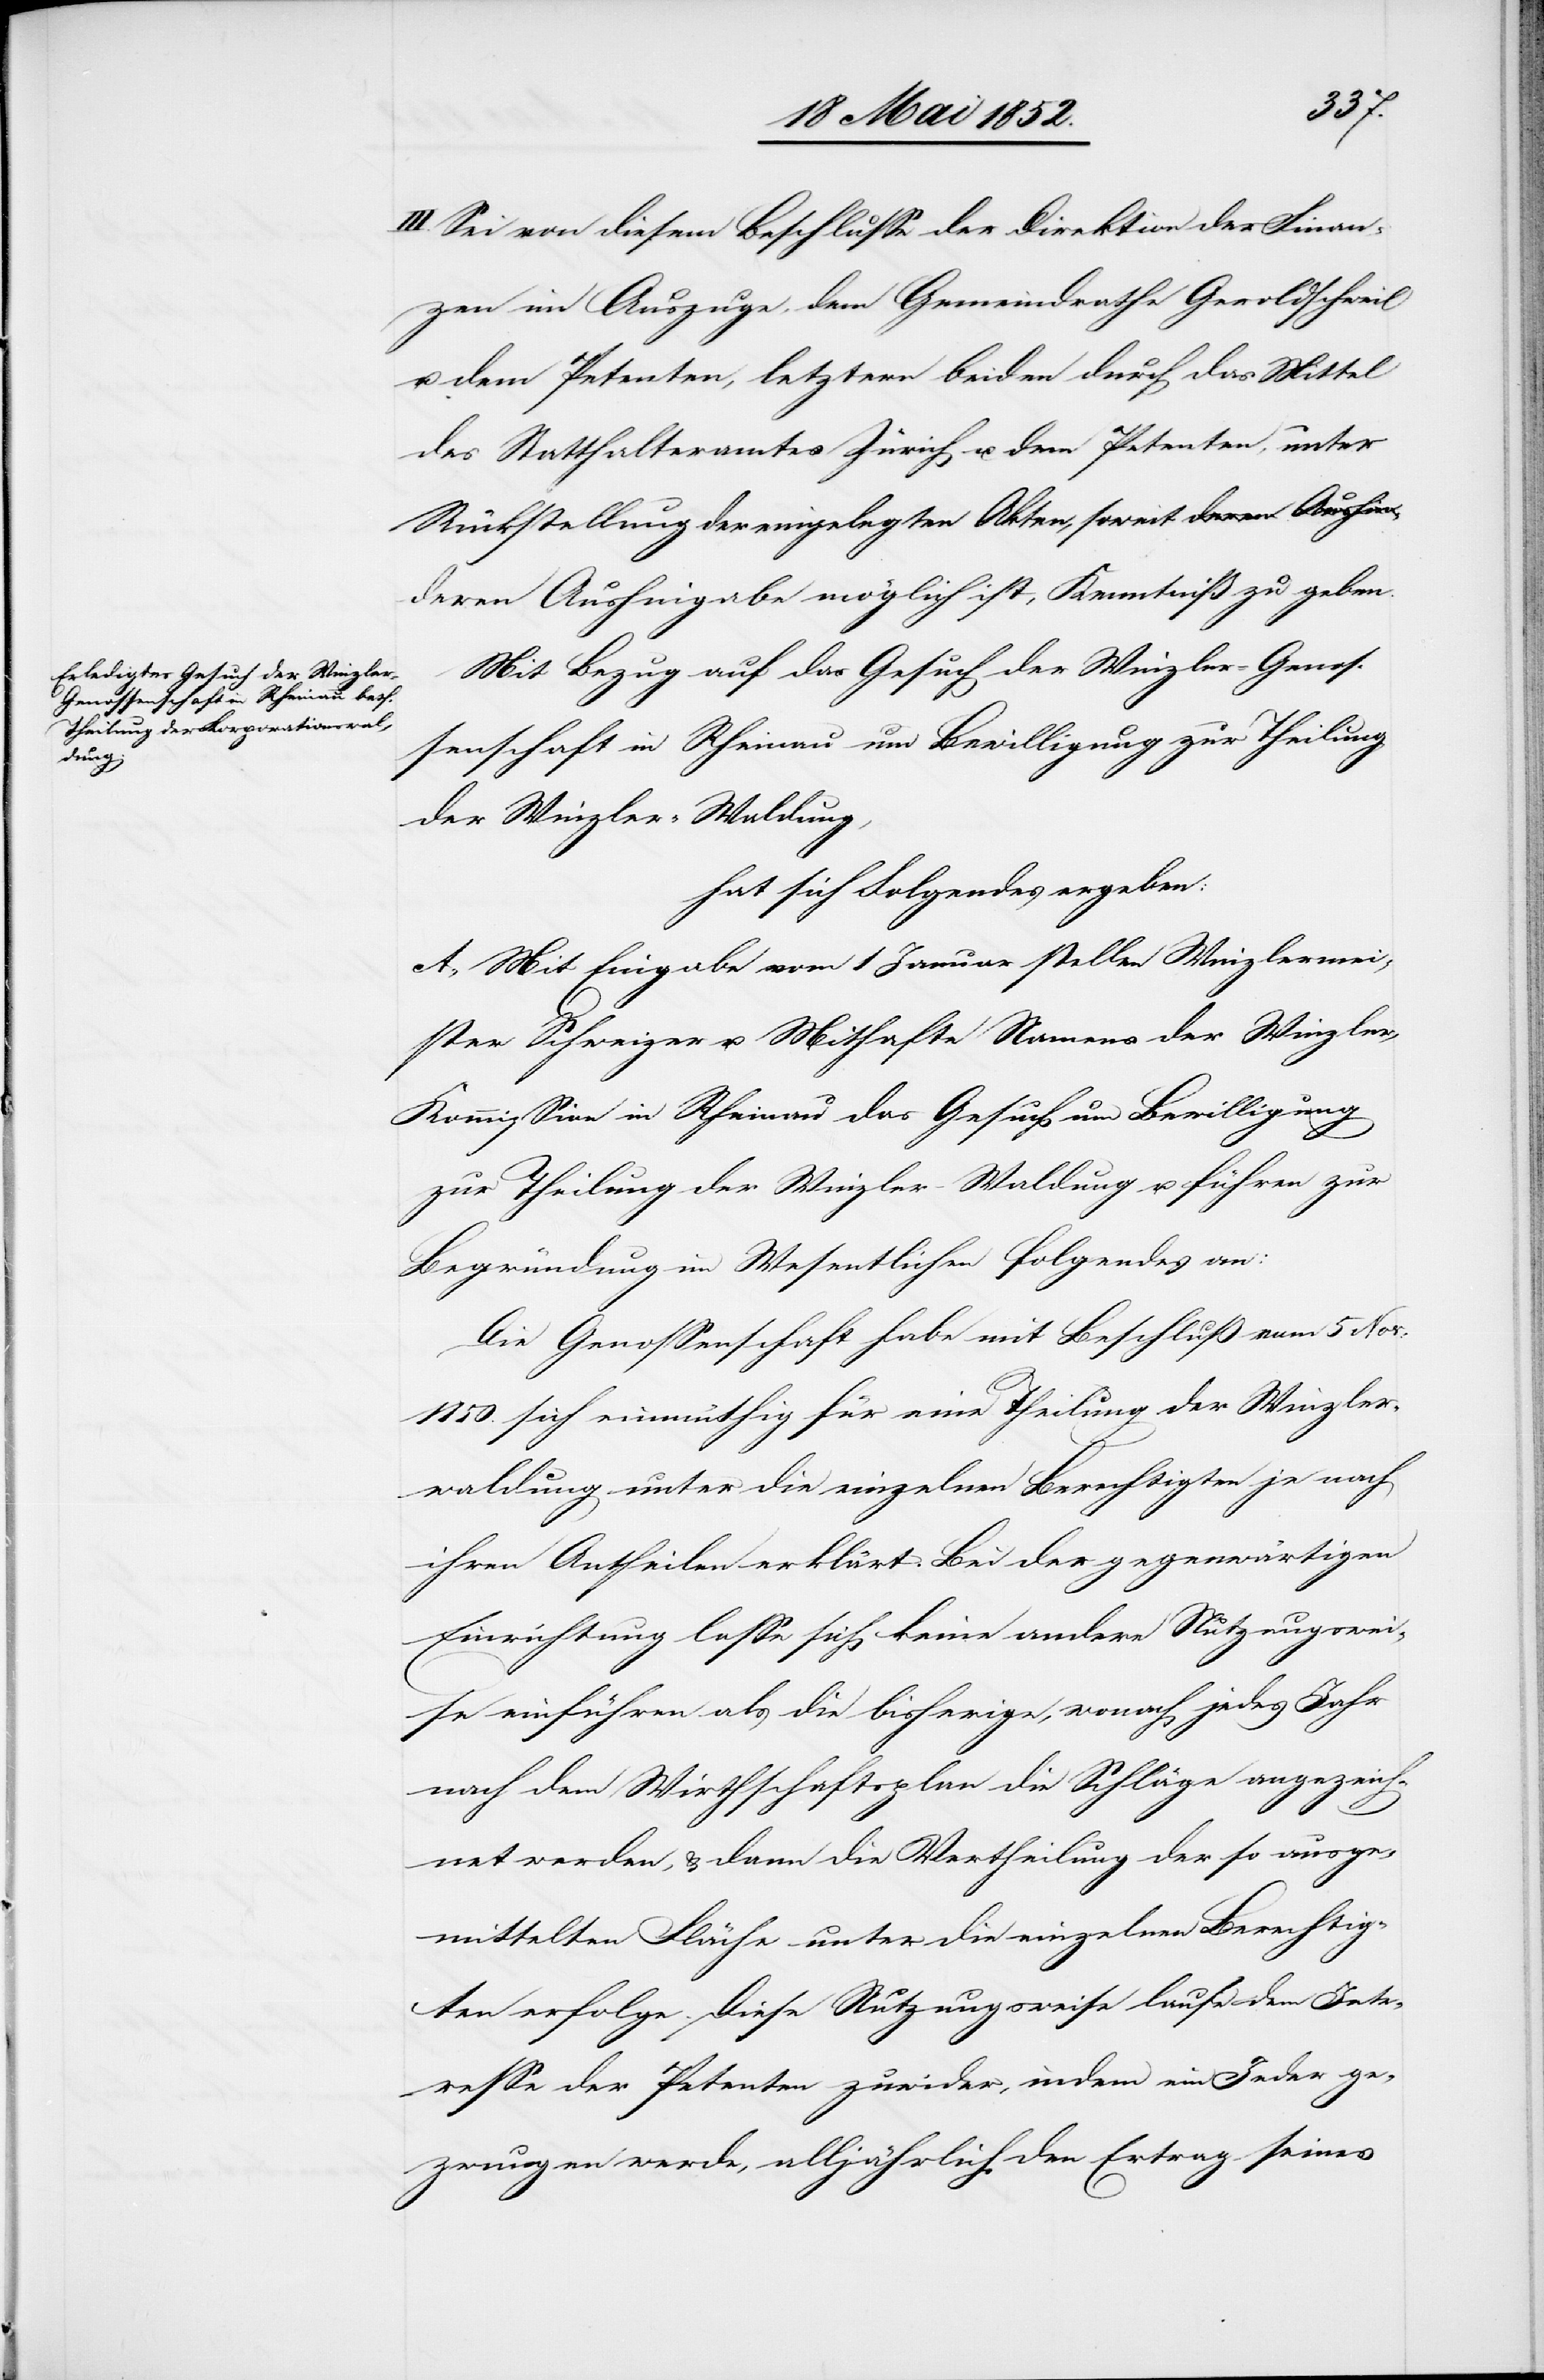
III. Sei von diesem Beschlusse der Direktion der Finan¬
zen im Auszuge, dem Gemeindrathe Geroldschweil
u. dem Petenten, letztern beiden durch das Mittel
des Statthalteramtes Zürich u. dem Petenten, unter
Rückstellung der eingelegten Akten, soweit deren Aushingabe
Mit Bezug auf das Gesuch der Winzler-Genos¬
senschaft in Rheinau um Bewilligung zur Theilung
der Winzler-Waldung,
hat sich Folgendes ergeben:
A., Mit Eingabe vom 1 Januar stellen Winzlermei¬
ster Schweizer u. Mithafte Namens der Winzle¬
r-Kommission in Rheinau das Gesuch um Bewilligung
zur Theilung der Winzler-Waldung u. führen zur
Begründung im Wesentlichen folgendes an:
Die Genossenschaft habe mit Beschluß vom 5 Nov:
1850. sich einmüthig für eine Theilung der Winzler¬
waldung unter die einzelnen Berechtigten je nach
ihren Antheilen erklärt. Bei der gegenwärtigen
Einrichtung lasse sich keine andere Nutzungswei¬
se einführen als die bisherige, wonach jedes Jahr
nach dem Wirthschaftsplan die Schläge angezeich¬
net werden, & dann die Vertheilung der so ausge¬
mittelten Fläche unter die einzelnen Berechtig¬
ten erfolge. Diese Nutzungsweise laufe dem Inte¬
resse der Petenten zuwider, indem ein Jeder ge¬
zwungen werde, alljährlich den Ertrag seines